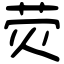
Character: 荧